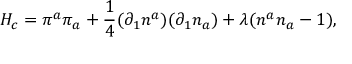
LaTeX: { \cal H } _ { c } = \pi ^ { a } \pi _ { a } + \frac { 1 } { 4 } ( \partial _ { 1 } n ^ { a } ) ( \partial _ { 1 } n _ { a } ) + \lambda ( n ^ { a } n _ { a } - 1 ) ,